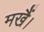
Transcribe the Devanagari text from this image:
मखैं।